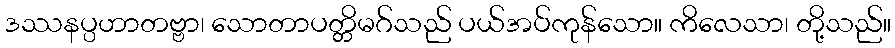
ဒဿနပ္ပဟာတဗ္ဗာ၊ သောတာပတ္တိမဂ်သည် ပယ်အပ်ကုန်သော။ ကိလေသာ၊ တို့သည်။